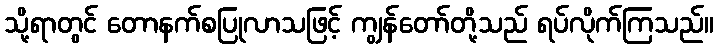
သို့ရာတွင် တောနက်စပြုလာသဖြင့် ကျွန်တော်တို့သည် ရပ်လိုက်ကြသည်။